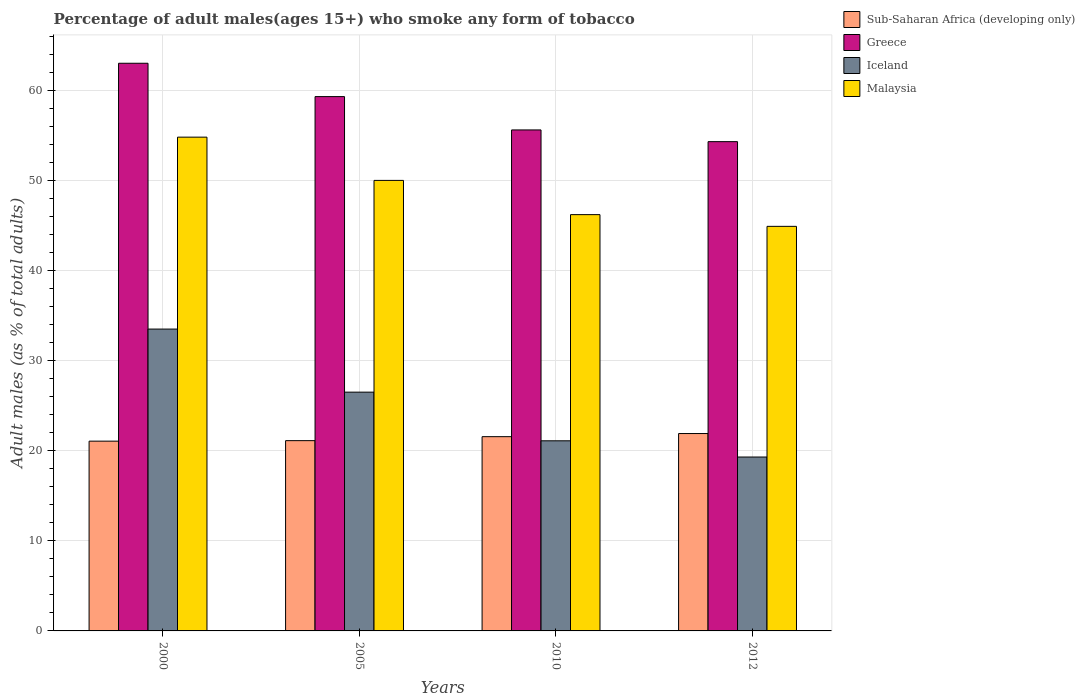
| Years | Sub-Saharan Africa (developing only) | Greece | Iceland | Malaysia |
 | --- | --- | --- | --- | --- |
 | 2000 | 21.1 | 63 | 33.5 | 54.8 |
 | 2005 | 21.1 | 59.3 | 26.5 | 50 |
 | 2010 | 21.6 | 55.6 | 21.1 | 46.2 |
 | 2012 | 21.9 | 54.3 | 19.3 | 44.9 |